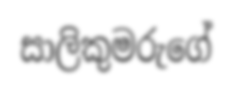
සාලිකුමරුගේ